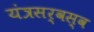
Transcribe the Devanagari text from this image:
यंत्रसर्वस्व